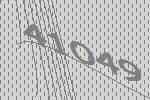
41049